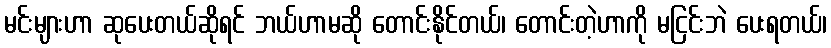
မင်းများဟာ ဆုပေးတယ်ဆိုရင် ဘယ်ဟာမဆို တောင်းနိုင်တယ်၊ တောင်းတဲ့ဟာကို မငြင်းဘဲ ပေးရတယ်၊